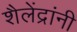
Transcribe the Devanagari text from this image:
शैलेंद्रांनी